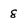
Character: 8